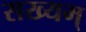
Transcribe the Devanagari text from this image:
सख्यम्